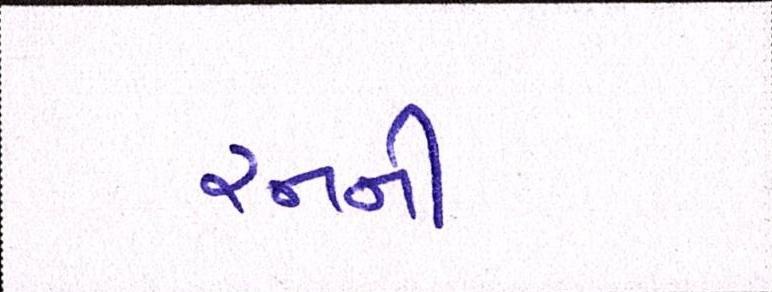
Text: રનની